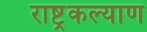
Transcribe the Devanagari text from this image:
राष्ट्रकल्याण